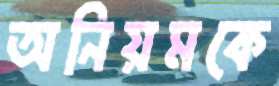
অনিয়মকে